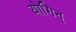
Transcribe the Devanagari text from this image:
योगिन्